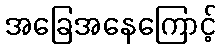
အခြေအနေကြောင့်